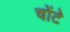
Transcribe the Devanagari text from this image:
चोंटे